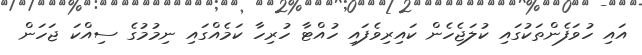
އައި ހުވަފެންތަކުގައި ކުލަޖެހެން ކައިރިވެފައި ހުއްޓާ ހުރިހާ ކަމެއްގައި ނިމުމުގެ ސިއްކަ ޖަހަން